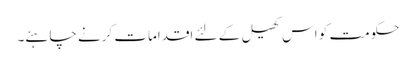
حکومت کو اس کھیل کے لئے اقدامات کرنے چاہئے۔